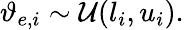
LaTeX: \vartheta_{e,i}\sim\mathcal{U}(l_{i},u_{i}).